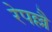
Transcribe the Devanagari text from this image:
रेपल्लै